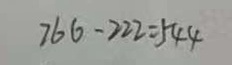
7 6 6 - 2 2 2 = 5 4 4